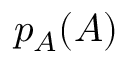
p _ { A } ( A )